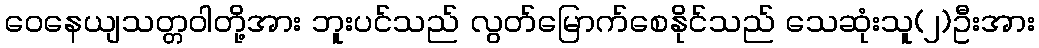
ဝေနေယျသတ္တဝါတို့အား ဘူးပင်သည် လွတ်မြောက်စေနိုင်သည် သေဆုံးသူ(၂)ဦးအား